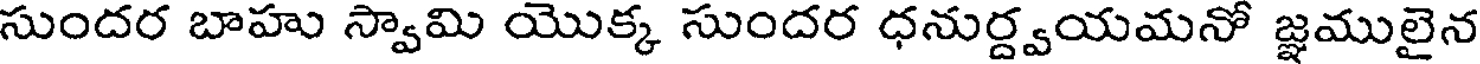
సుందర బాహు స్వామి యొక్క సుందర ధనుర్ద్వయమనో జ్ఞములైన